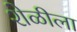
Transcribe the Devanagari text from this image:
शेळीला